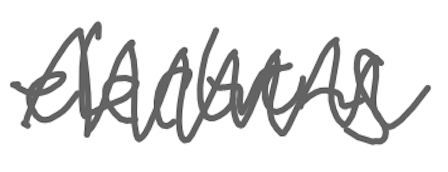
Text: elections
Cross-out: zig-zag
Writing tool: digital_gray